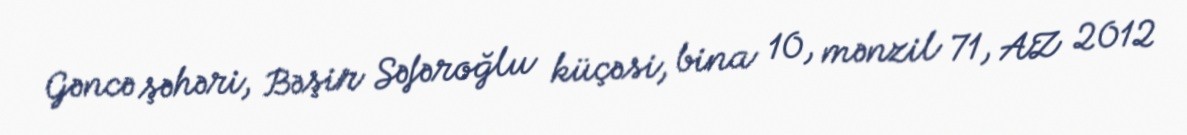
Gəncə şəhəri, Bəşir Səfəroğlu küçəsi, bina 10, mənzil 71, AZ 2012